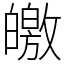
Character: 皦